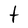
Character: t